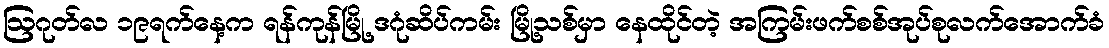
ဩဂုတ်လ ၁၉ရက်နေ့က ရန်ကုန်မြို့ ဒဂုံဆိပ်ကမ်း မြို့သစ်မှာ နေထိုင်တဲ့ အကြမ်းဖက်စစ်အုပ်စုလက်အောက်ခံ